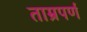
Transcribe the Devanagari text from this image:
ताम्रपर्ण